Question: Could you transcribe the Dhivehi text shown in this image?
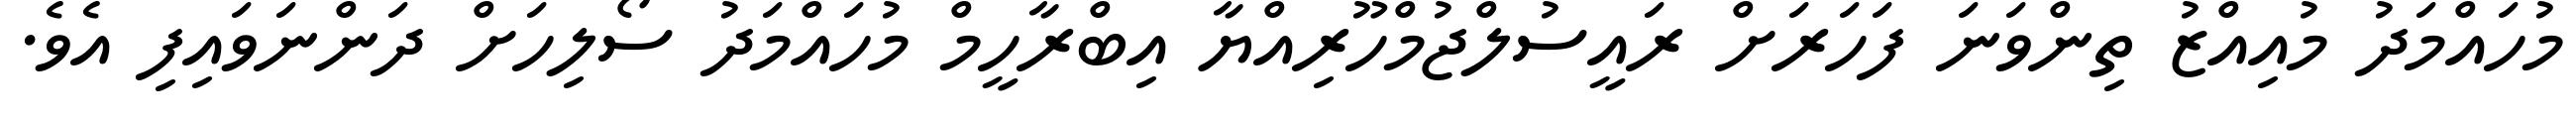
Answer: މުހައްމަދު މުއިއްޒު ތިންވަނަ ފަހަރަށް ރައީސުލްޖުމްހޫރިއްޔާ އިބްރާހީމް މުހައްމަދު ސޯލިހަށް ދަންނަވައިފި އެވެ.